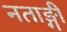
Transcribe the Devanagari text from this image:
नताङ्गी